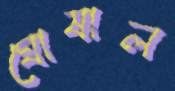
ঘোষাল